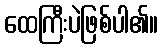
ထေကြီးပဲဖြစ်ပါ၏။